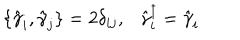
\{ \hat { \gamma } _ { i } , \hat { \gamma } _ { j } \} = 2 { \delta } _ { i j } , \ \ \ \hat { \gamma } _ { i } ^ { \dagger } = \hat { \gamma } _ { i }